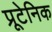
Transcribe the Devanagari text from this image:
प्रूटेनिक